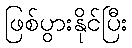
ဖြစ်ပွားနိုင်ပြီး